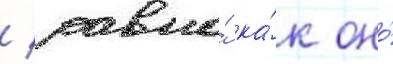
/ равно́ ка́к оно́